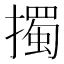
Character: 擉